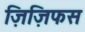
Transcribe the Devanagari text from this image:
ज़िज़िफस